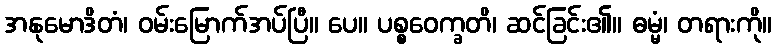
အနုမောဒိတံ၊ ဝမ်းမြောက်အပ်ပြီ။ ပေ။ ပစ္စဝေက္ခတိ၊ ဆင်ခြင်း၏။ ဓမ္မံ၊ တရားကို။